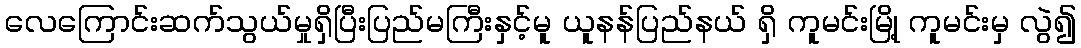
လေကြောင်းဆက်သွယ်မှုရှိပြီးပြည်မကြီးနှင့်မူ ယူနန်ပြည်နယ် ရှိ ကူမင်းမြို့ ကူမင်းမှ လွဲ၍